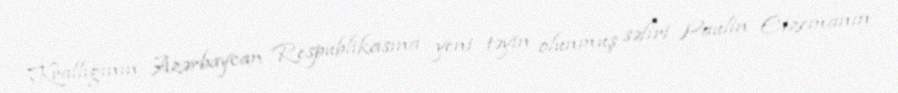
Krallığının Azərbaycan Respublikasına yeni təyin olunmuş səfiri Paulin Eizemanın